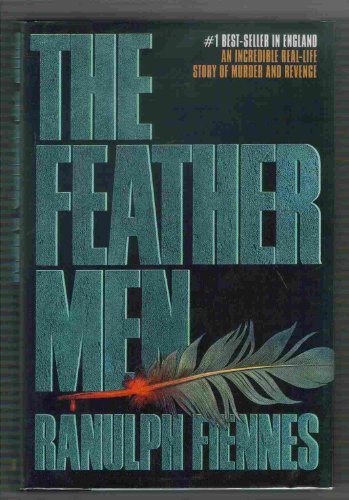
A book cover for The Feather Men; Ranulph Fiennes; History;